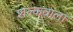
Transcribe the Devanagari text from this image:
शल्कवाला